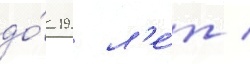
до́ 19 л'е́т /